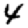
Digit: 4